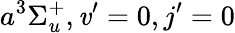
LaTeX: a^{3}\Sigma_{u}^{+},\mathit{v}’=0,j’=0